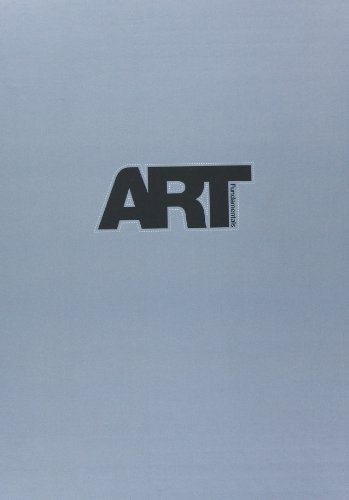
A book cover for Art Fundamentals: Color, Light, Composition, Anatomy, Perspective, and Depth; Gilles Beloeil; Arts & Photography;